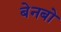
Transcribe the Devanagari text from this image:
बेनबो